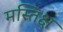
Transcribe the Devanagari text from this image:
मस्तिक्ष